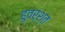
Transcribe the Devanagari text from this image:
हुवर्श्त